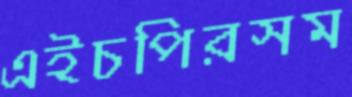
এইচপিরসম